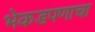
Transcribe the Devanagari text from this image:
भेकडपणाचा